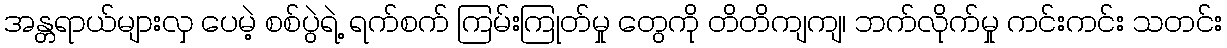
အန္တရာယ်များလှ ပေမဲ့ စစ်ပွဲရဲ့ ရက်စက် ကြမ်းကြုတ်မှု တွေကို တိတိကျကျ၊ ဘက်လိုက်မှု ကင်းကင်း သတင်း